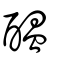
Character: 醖